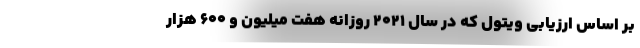
بر اساس ارزیابی ویتول که در سال ۲۰۲۱ روزانه هفت میلیون و ۶۰۰ هزار